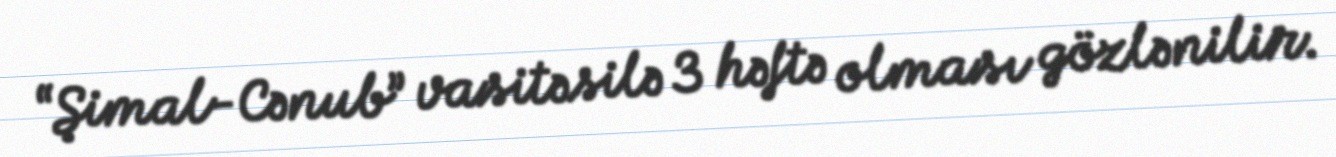
“Şimal-Cənub” vasitəsilə 3 həftə olması gözlənilir.